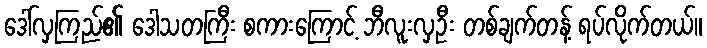
ဒေါ်လှကြည်၏ ဒေါသတကြီး စကားကြောင့် ဘီလူးလှဦး တစ်ချက်တန့် ရပ်လိုက်တယ်။